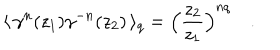
LaTeX: \langle \, \gamma ^ { n } ( z _ { 1 } ) \gamma ^ { - n } ( z _ { 2 } ) \, \rangle _ { q } = \Big ( \frac { z _ { 2 } } { z _ { 1 } } \Big ) ^ { n q } \quad .